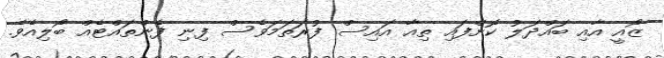
ޒޯއީ އާއި ބައްދަލު ކޮށްފައި ތިއާ އައިސް ފުރަތަމަވެސް ފިނި ފެންތައްޓެއް ބޯލިއެވެ.